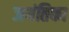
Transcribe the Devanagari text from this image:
जयंतिका